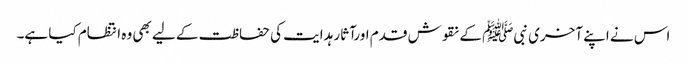
اس نے اپنے آخری نبیﷺ کے نقوش قدم اورآثار ہدایت کی حفاظت کے لیے بھی وہ انتظام کیا ہے۔